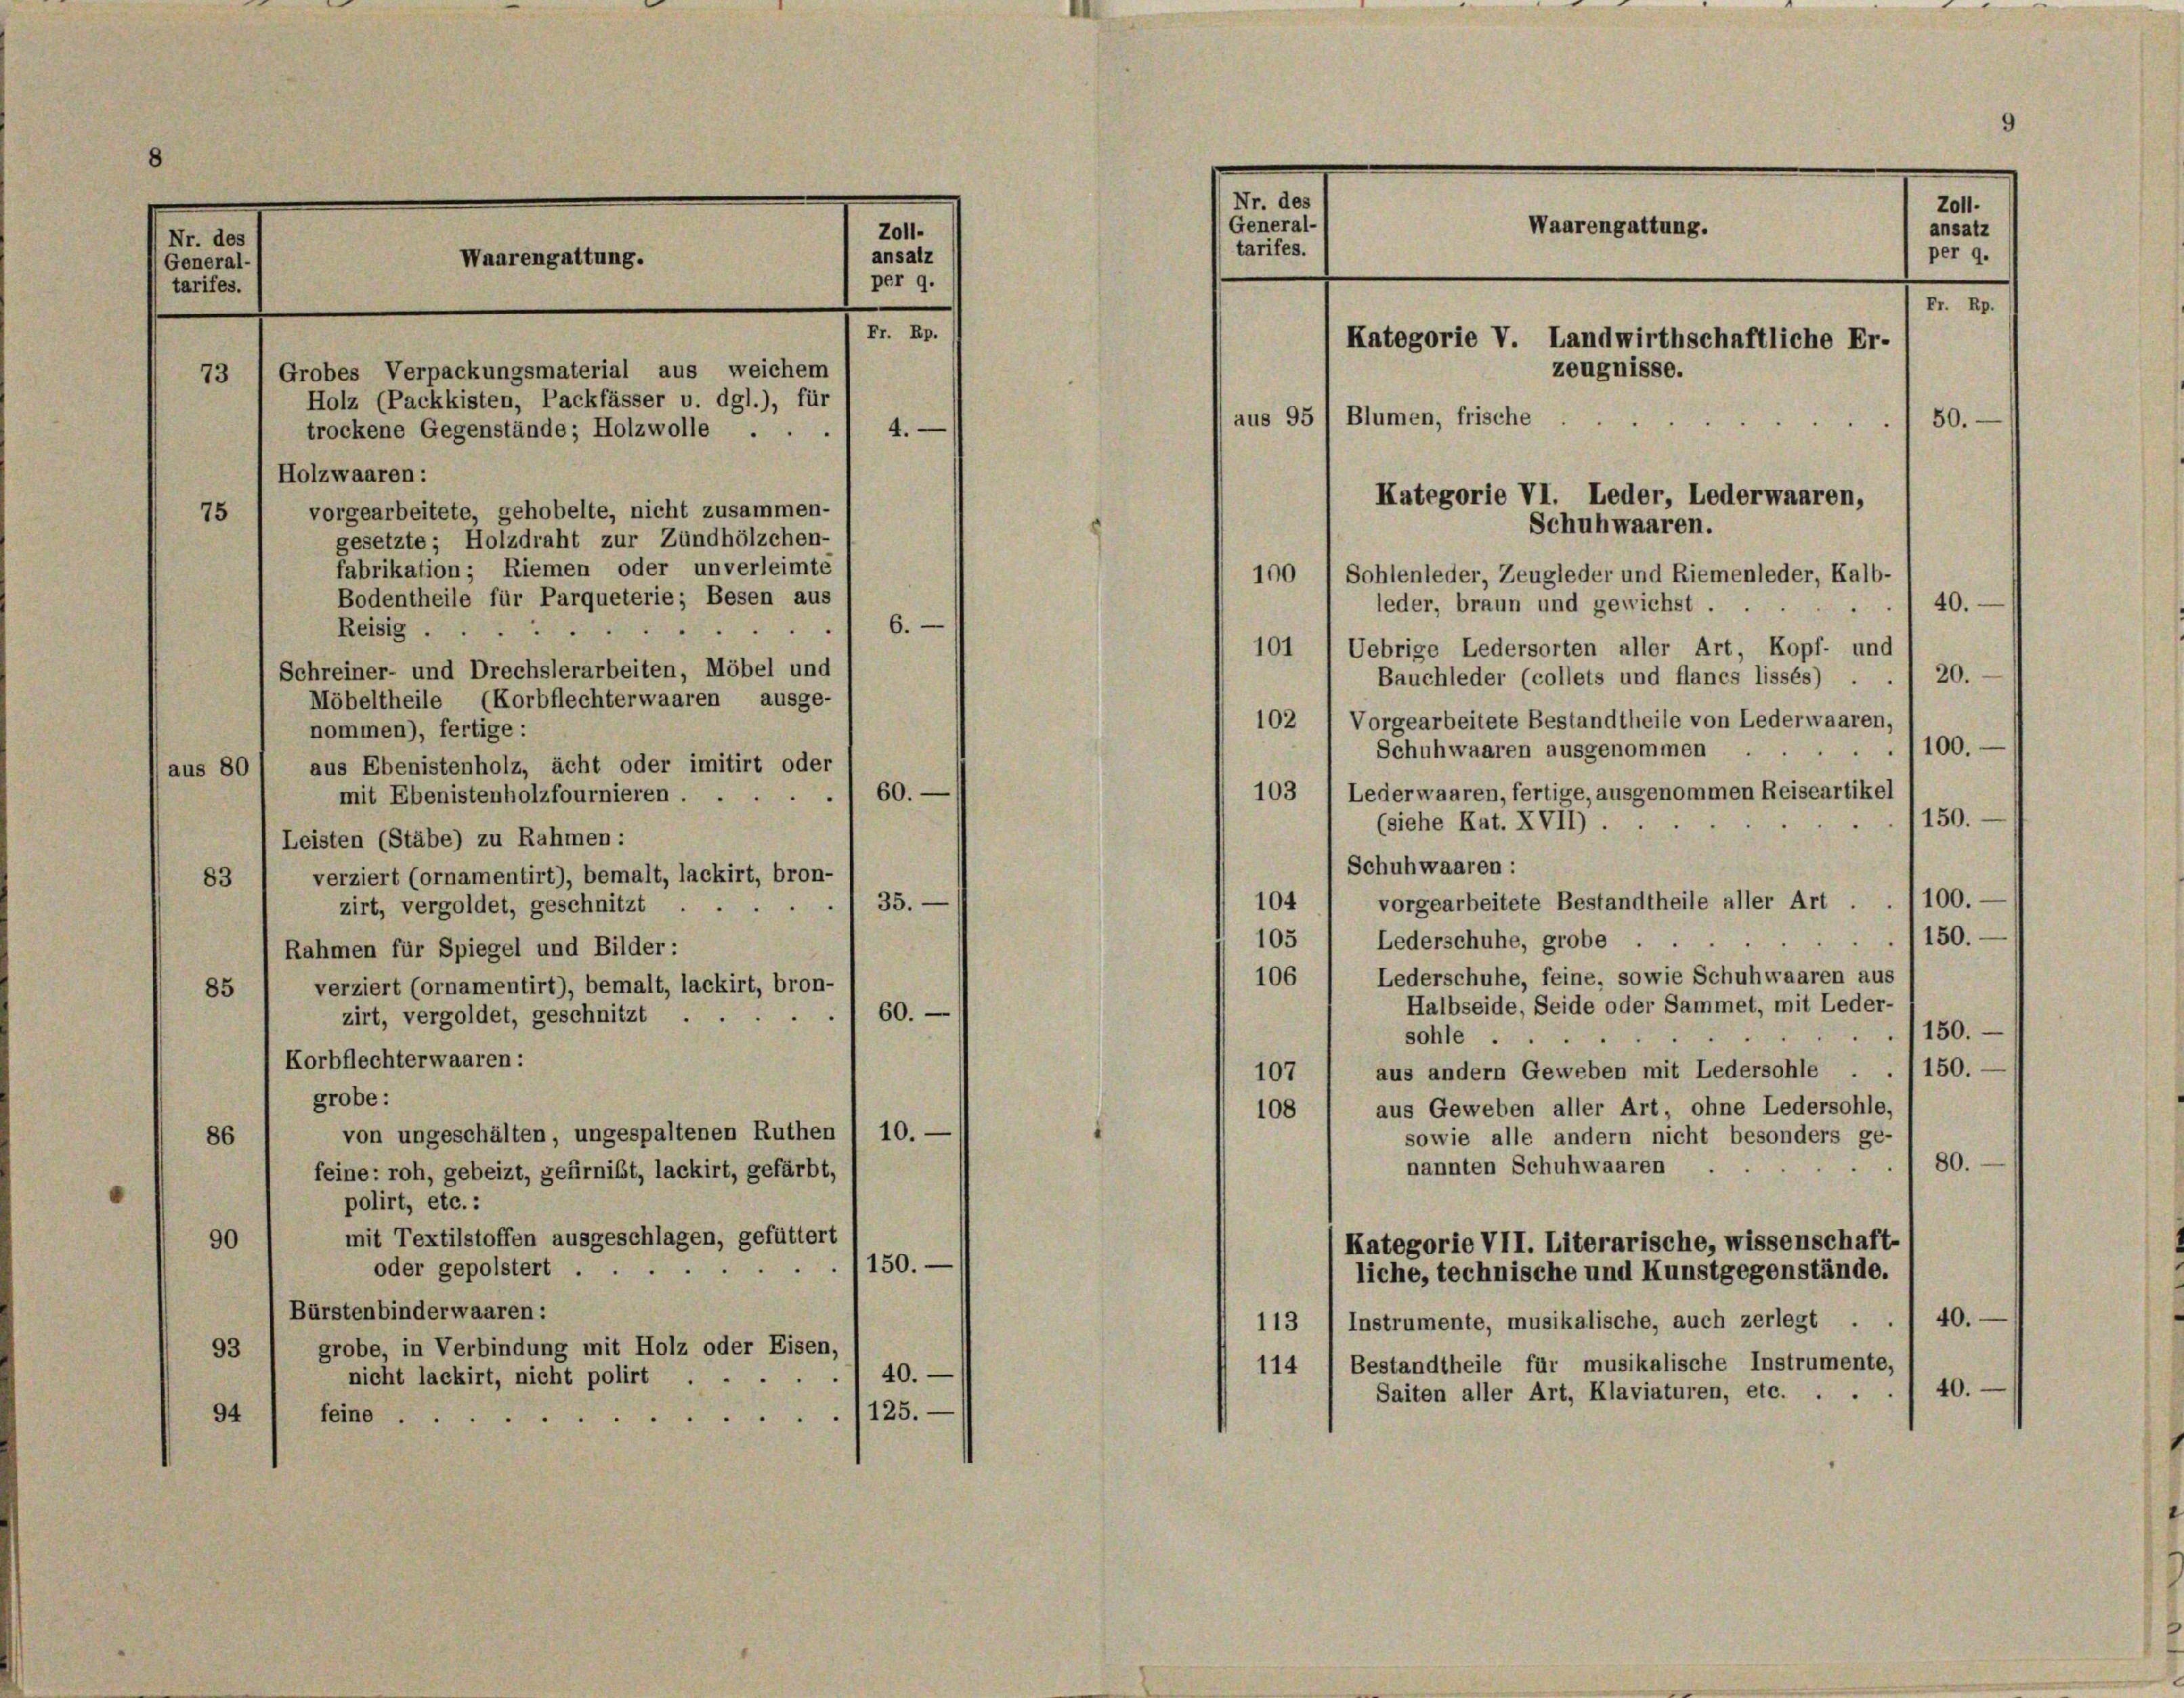
Nr. des
(General-
tarifes.

73 1 Grobes Verpackungsmaterial aus weichem
Holz (Packkisten, Packfässer u. dgl.), für
trockene Gegenstände; Holzwolle . .

Waarengattung.

F.
Holzwaaren:

Zoll-
ansalz
per 9.

Rp.

4.

vorgearbeitete, gehobelte, nicht zusammen-
75
gesetzte; Holzdraht zur Zündhölzchen-
fabrikation; Riemen oder unverleimte
Bodentheile für Parqueterie; Besen aus
40.
6.
Reisig .
101
Uebrige Ledersorten aller Art, Kopf- und
Schreiner- und Drechslerarbeiten, Möbel und
20.
Bauchleder (collets und flanes lissés) .
Möbeltheile (Korbflechterwaaren, ausge-
102
Vorgearbeitete Bestandtheile von Lederwaaren,
nommen), fertige:
100.
Schuhwaaren ausgenommen
aus Ebenistenholz, ächt oder imitirt oder
aus 80
Lederwaaren, fertige, ausgenommen Reiseartikel
60.
103
mit Ebenistenholzfournieren.
150.
(siehe Kat. XVII).
Leisten (Stäbe) zu Rahmen:
Schuhwaaren :
verziert (ornamentirt), bemalt, lackirt, bron-
83
100.
104 / vorgearbeitete Bestandtheile aller Art
35.
zirt, vergoldet, geschnitzt
150.
105) Lederschuhe, grobe .
Rahmen für Spiegel und Bilder:
Lederschuhe, feine, sowie Schuhwaaren aus
106
verziert (ornamentirt), bemalt, lackirt, bron-
85
Halbseide, Seide oder Sammet, mit Leder-
60.
zirt, vergoldet, geschnitzt
/150.
sohle .
Korbflechterwaaren:
107) aus andern Geweben mit Ledersohle . . /150.-
grobe :
108 1 aus Geweben aller Art, ohne Ledersohle,
von ungeschälten, ungespaltenen Ruthen / 10. —
sowie alle andern nicht besonders ge-
86
80.
nannten Schuhwaaren
feine: roh, gebeizt, gefirnist, lackirt, gefärbt,
polirt, etc.:
mit Textilstoffen ausgeschlagen, gefüttert
90
Kategorie VII. Literarische, wissenschaft-
150.
oder gepolstert.
liche, technische und Kunstgegenstände.
Bürstenbinderwaaren:
40.
113 / Instrumente, musikalische, auch zerlegt .
grobe, in Verbindung mit Holz oder Eisen,
93
114) Bestandtheile für musikalische Instrumente,
40.
nicht lackirt, nicht polirt
40.
Saiten aller Art, Klaviaturen, etc.
125.
94
feine .
.

9

Nr. des
General-
Waarengattung.
tarifes.
Fr. Rp.
Kategorie V. Landwirthschaftliche Er-
zeugnisse.
aus 95 1 Blumen, frische
50.
Kategorie VI. Leder, Lederwaaren,
Schuhwaaren.
190
Sohlenleder, Zeugleder und Riemenleder, Kalb-

leder, braun und gewichst .

Z011.
ansatz
per 9.